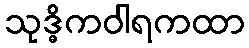
သုဒ္ဓိကဝါရကထာ